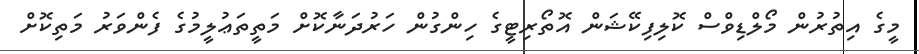
މީގެ އިތުރުން މޯލްޑިވްސް ކޮލިފިކޭޝަން އޮތޯރިޓީގެ ހިންގުން ހަރުދަނާކޮށް މަތީތަޢުލީމުގެ ފެންވަރު މަތިކޮށް